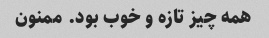
همه چیز تازه و خوب بود. ممنون